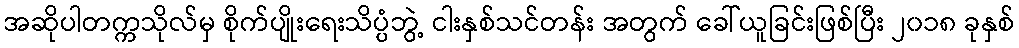
အဆိုပါတက္ကသိုလ်မှ စိုက်ပျိုးရေးသိပ္ပံဘွဲ့ ငါးနှစ်သင်တန်း အတွက် ခေါ်ယူခြင်းဖြစ်ပြီး ၂၀၁၈ ခုနှစ်